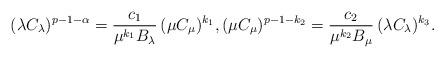
LaTeX: \begin{align*}(\lambda C_\lambda)^{p-1-\alpha} = \frac{c_1}{\mu^{k_1} B_\lambda} \,(\mu C_\mu)^{k_1}, (\mu C_\mu)^{p-1-k_2} = \frac{c_2}{\mu^{k_2} B_\mu} \,(\lambda C_\lambda)^{k_3}.\end{align*}